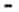
-